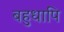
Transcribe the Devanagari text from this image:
बहुधापि